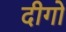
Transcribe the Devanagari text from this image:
दीगो